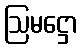
ဩမဋ္ဌော